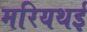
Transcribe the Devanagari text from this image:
मरियथई